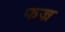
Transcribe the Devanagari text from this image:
फज्र